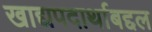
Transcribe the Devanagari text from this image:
खाद्यपदार्थाबद्दल